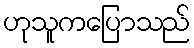
ဟုသူကပြောသည်